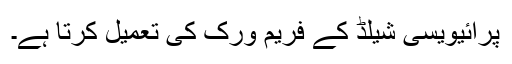
پرائیویسی شیلڈ کے فریم ورک کی تعمیل کرتا ہے۔